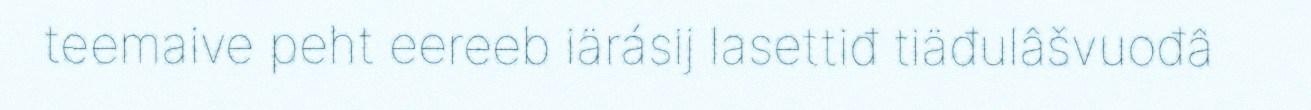
teemaive peht eereeb iärásij lasettiđ tiäđulâšvuođâ